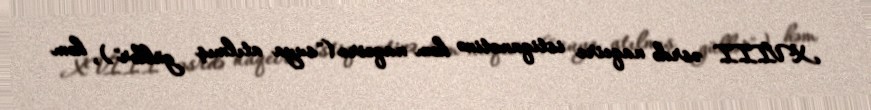
XVIII əsrdə naqeire istiqamətinə həm naqeire ("suya atılmış güllər"), həm